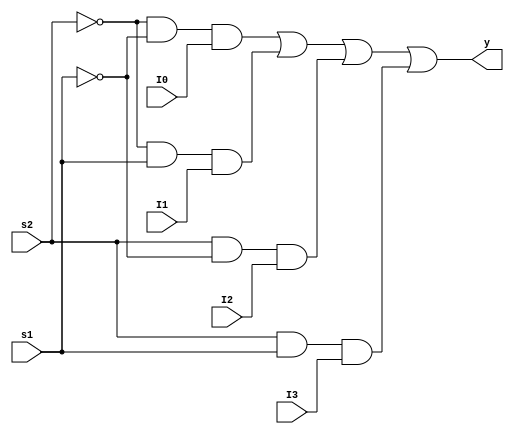
module mux4_1(I0,I1,I2,I3,s2,s1,y);
	input I0,I1,I2,I3,s2,s1;
	output y;
	assign y = ((~s2)&(~s1)&I0)| ((~s2)&(s1)&I1)|(s2&(~s1)&I2)|(s2&s1&I3);
endmodule